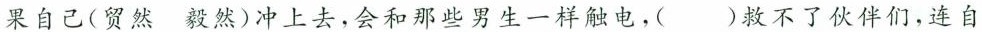
果自己(贸然 毅然)冲上去，会和那些男生一样触电，( )救不了伙伴们，连自